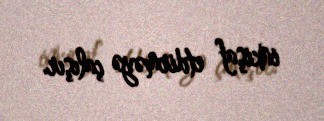
inkişaf etdirməyə çalışır.